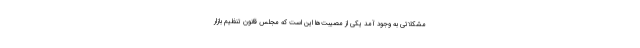
مشکلاتی به وجود آمد یکی از مصیبت‌ها این است که مجلس قانون تنظیم بازار